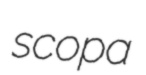
scopa